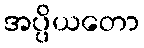
အပ္ပိယတော